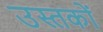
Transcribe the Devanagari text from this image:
उस्तकों